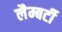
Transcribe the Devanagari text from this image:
लैम्बर्टी